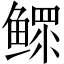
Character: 鳏